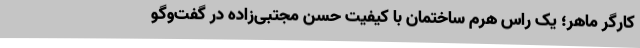
کارگر ماهر؛ یک راس هرم ساختمان با کیفیت حسن مجتبی‌زاده در گفت‌وگو